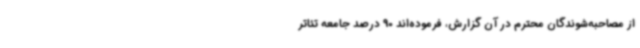
از مصاحبه‌شوندگان محترم در آن گزارش، فرموده‌اند 90 درصد جامعه تئاتر